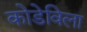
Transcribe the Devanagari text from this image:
कोडेविला